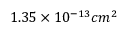
1 . 3 5 \times 1 0 ^ { - 1 3 } c m ^ { 2 }